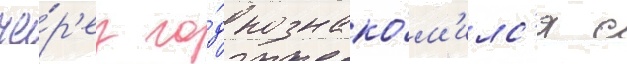
че́р'ез го́д познако́м'илс'я с